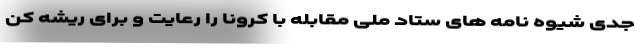
جدی شیوه نامه های ستاد ملی مقابله با کرونا را رعایت و برای ریشه کن